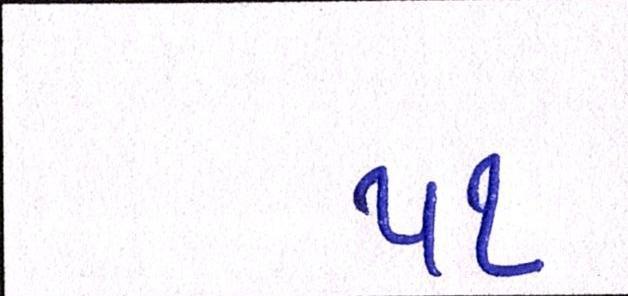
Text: ૫૧